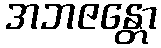
အဘဇန္တော